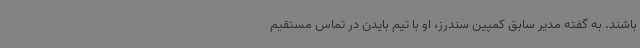
باشند. به گفته مدیر سابق کمپین سندرز، او با تیم بایدن در تماس مستقیم